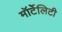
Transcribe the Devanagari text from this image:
मॉर्टेलिटी